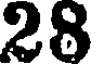
28